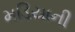
મડિયાની